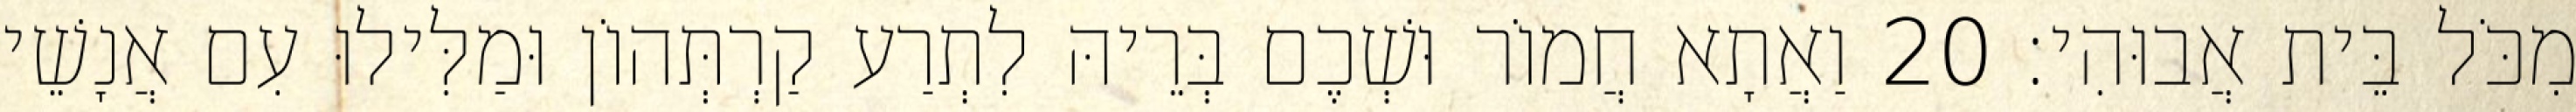
מִכֹּל בֵּית אֲבוּהִי׃ 20 וַאֲתָא חֲמוֹר וּשְׁכֶם בְּרֵיהּ לִתְרַע קַרְתְּהוֹן וּמַלִּילוּ עִם אֲנָשֵׁי